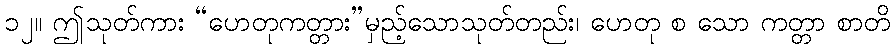
၁၂။ ဤသုတ်ကား “ဟေတုကတ္တား”မှည့်သောသုတ်တည်း၊ ဟေတု စ သော ကတ္တာ စာတိ